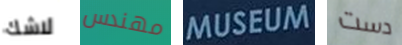
لاشك مهندس MUSEUM دست